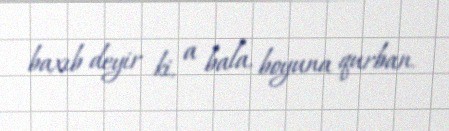
baxıb deyir ki, a bala, boyuna qurban.